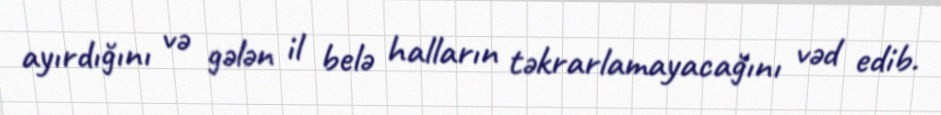
ayırdığını və gələn il belə halların təkrarlamayacağını vəd edib.